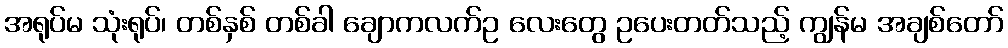
အရုပ်မ သုံးရုပ်၊ တစ်နှစ် တစ်ခါ ချောကလက်ဥ လေးတွေ ဥပေးတတ်သည့် ကျွန်မ အချစ်တော်